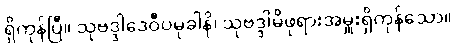
ရှိကုန်ပြီ။ သုဗဒ္ဒါဒေဝီပမုခါနိ၊ သုဗဒ္ဒါမိဖုရားအမှူးရှိကုန်သော။